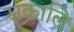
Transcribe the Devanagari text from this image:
सकालि